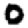
Digit: 0